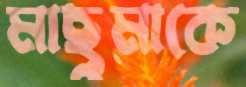
মাছুমাকে